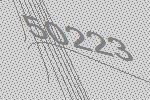
50223